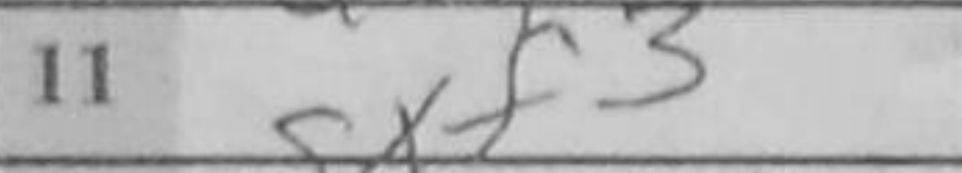
Transcription: gxf3